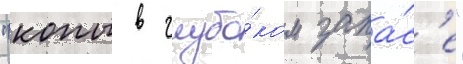
"копы в глубо́ком запа́с'е"